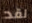
لقد